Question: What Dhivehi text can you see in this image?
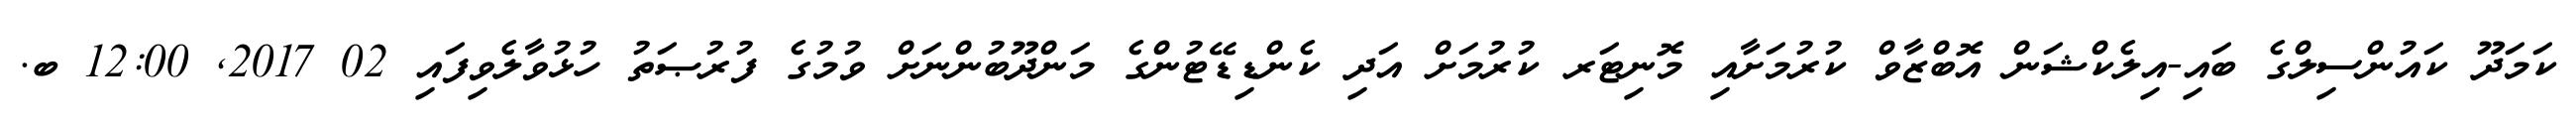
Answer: ކަމަދޫ ކައުންސިލްގެ ބައި-އިލެކްޝަން އޮބްޒާވް ކުރުމަށާއި މޮނިޓަރ ކުރުމަށް އަދި ކެންޑިޑޭޓުންގެ މަންދޫބުންނަށް ވުމުގެ ފުރުޞަތު ހުޅުވާލެވިފައި 02 2017, 12:00 ބ.